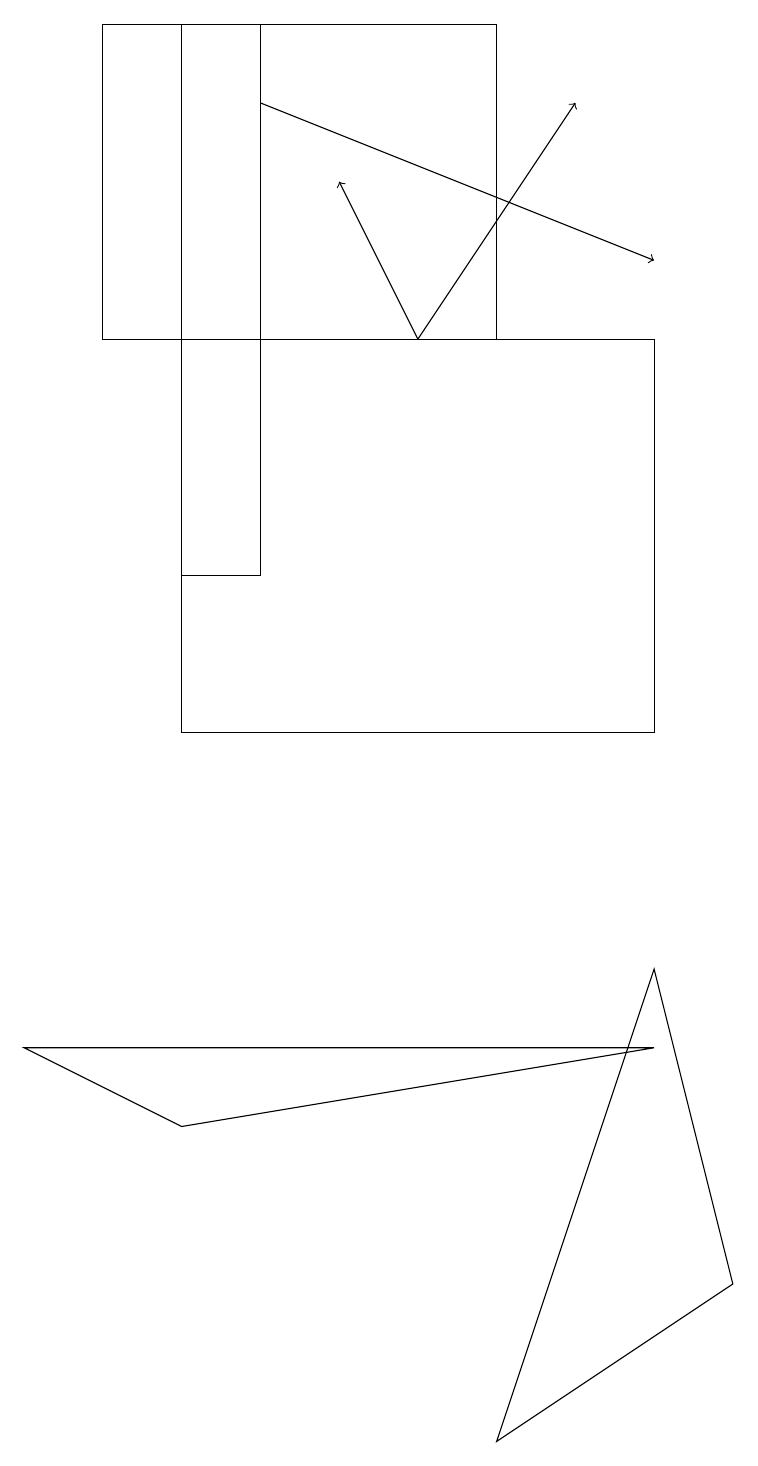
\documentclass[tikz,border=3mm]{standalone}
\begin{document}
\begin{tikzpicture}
\draw[->] (5,15) -- (7,18);
\draw (9,3) -- (6,1) -- (8,7) -- cycle;
\draw (1,19) rectangle (6,15);
\draw[->] (5,15) -- (4,17);
\draw (2,12) rectangle (3,19);
\draw[->] (3,18) -- (8,16);
\draw (2,10) rectangle (8,15);
\draw (0,6) -- (2,5) -- (8,6) -- cycle;
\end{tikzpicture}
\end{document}